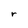
Character: r